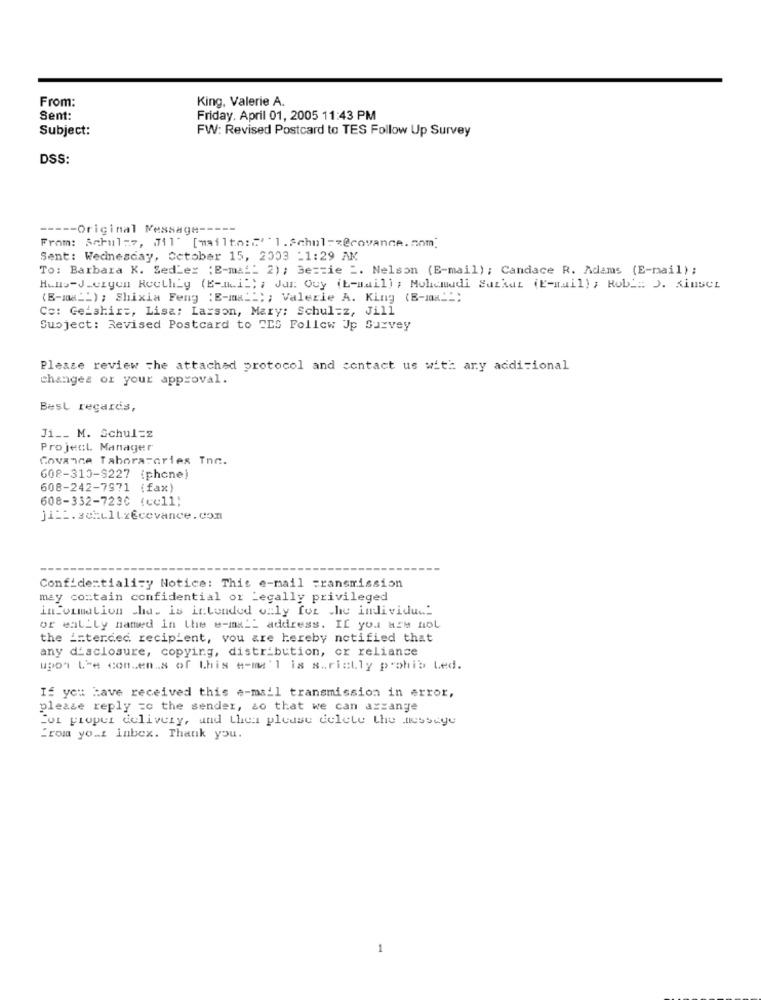
From:
King, Valerie A.
Sent:
Friday. April 01, 2005 11:43 PM
Subject:
FW: Revised Postcard to TES Follow Up Survey
DSS:
--- Original Message ----
From: AaFul:7, 011' [mailto :: '' 1.Schul =< @covance.nom]
Sent: Wednesday, Cetober 15, 2003 -1:29 AM
To: Barbara K. Sed'ex :E-mal: 2); Bezzie _. Nelson (E-mail) ; Candace R. Adams (E-mail);
Hans-J.czyen ReellLy (E-mail) ; Jar: Ouy (E-mail) ; Mohammadi Saikat (E-mail) ; Robi: J. Sinser
(B-max __ ) ; Shixia Feng : E-mai"; ; Valerie A. King (B-max"";
Co: Ge-shirt, Lisa; Larson, Mary: Schul=z, Jill
Subject: Revised Postcard to ELS Follow Up Survey
Please review the attached protocol and contact us with any additional
changez or your approval.
Best regards,
Ji __ M. Schul=z
Project Manager
Covance Taboratories Inn.
608-310-9227 iphone)
608-242-7971 (fax)
608-332-7230 (cell;
jist. schultzecevance. Con
Confidentiality Notice: This e-mail Transmission
may contain confidential or Legally privileged
information cha. is intended only for the individual
or entity named in the e-mx __ address. If you ass HOL
the intended recipient, you are hereby notified that
any disclosure, copying, distribution, or reliance
upon L'e consen.s of this #-me'l is strictly prohib Led.
If you have received this e-mail transmission in error,
please reply zo the sender, so that we can axzange
For proper delivery, and then please delete the message
From your inbox. Thank you.